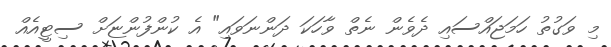
މި ވަގުތު ހަމަޖައްސައި ދެވެން ނެތް ވާާހަކަ ދަންނަވައި" އެ ކުންފުންޏަށް ސިޓީއެއް